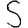
Digit: 5